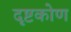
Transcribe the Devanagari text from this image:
दृष्टकोण